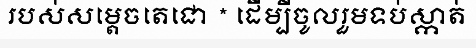
របស់សម្តេចតេជោ * ដើម្បីចូលរួមទប់ស្កាត់